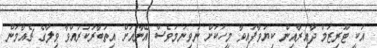
އަކީ ޓޫރިޒަމް ދާއިރާއިން ކިޔަވާފައިވާ މީހަކަށް ނުވިނަމަވެސް އޭނާއަށް އިތުބާރުކުރައްވާ ވިލާގެ ޗެއާމަން